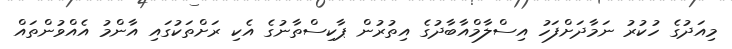
މިއަދުގެ ހުކުރު ނަމާދަށްފަހު އިސްލާމްއާބާދުގެ އިތުރުން ޕާކިސްތާނުގެ އެކި ރަށްތަކުގައި އާންމު އެއްވުންތައް